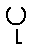
ပု